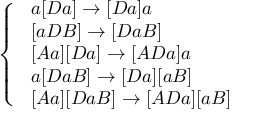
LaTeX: \left\{ \begin{array} { l l } { \ a [ D a ] \rightarrow [ D a ] a } \\ { \ [ a D B ] \rightarrow [ D a B ] } \\ { \ [ A a ] [ D a ] \rightarrow [ A D a ] a } \\ { \ a [ D a B ] \rightarrow [ D a ] [ a B ] } \\ { \ [ A a ] [ D a B ] \rightarrow [ A D a ] [ a B ] } \end{array} \right.